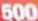
500